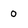
Character: 0